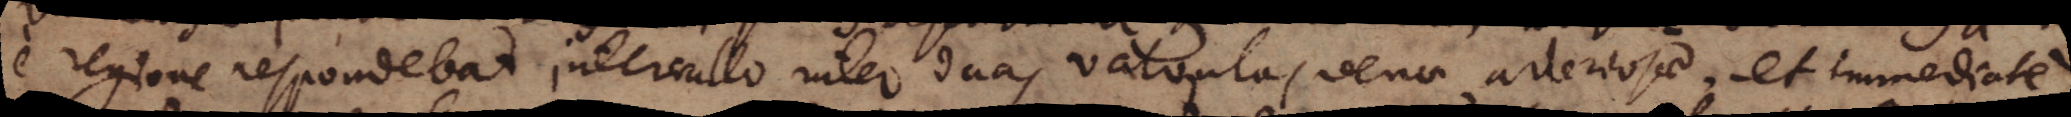
e regione respondebat intervallo inter duas valvulas venae arteriosae, et immediate